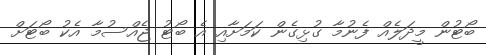
ބޯޓުން މީދަލެއް ފެނުމާ ގުޅިގެން ކަމަށާއި އެ ބޯޓު ޖެއްސުމާ އެކު ބޯޓަށް